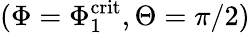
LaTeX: (\Phi=\Phi_{1}^{\mathrm{crit}},\Theta=\pi/2)